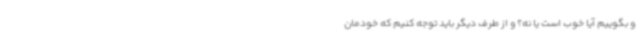
و بگوییم آیا خوب است یا نه؟ و از طرف دیگر باید توجه کنیم که خودمان